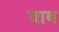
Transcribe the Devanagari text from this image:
वाब